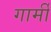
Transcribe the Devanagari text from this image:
गार्मी